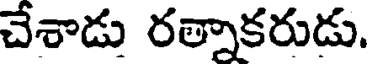
చేశాడు రత్నాకరుడు.